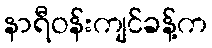
နာရီဝန်းကျင်ခန့်က